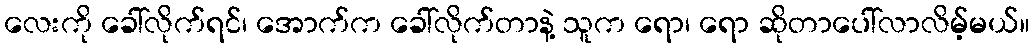
လေးကို ခေါ်လိုက်ရင်၊ အောက်က ခေါ်လိုက်တာနဲ့ သူက ရော၊ ရော ဆိုတာပေါ်လာလိမ့်မယ်။